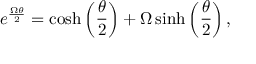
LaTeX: e ^ { \frac { { \boldsymbol { \Omega } } \theta } { 2 } } = \cosh \left( { \frac { \theta } { 2 } } \right) + { \boldsymbol { \Omega } } \sinh \left( { \frac { \theta } { 2 } } \right) ,